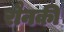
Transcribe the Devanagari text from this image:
रौनकी